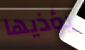
يؤذيها